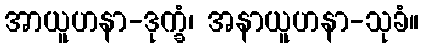
အာယူဟနာ-ဒုက္ခံ၊ အနာယူဟနာ-သုခံ။